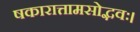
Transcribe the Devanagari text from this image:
षकारात्तामसोद्भवः।